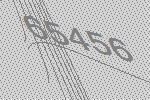
65456